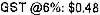
GST @6%: $0.48